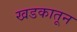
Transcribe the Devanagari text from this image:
खडकातून